[Report on the health of British troops in the Madras command]
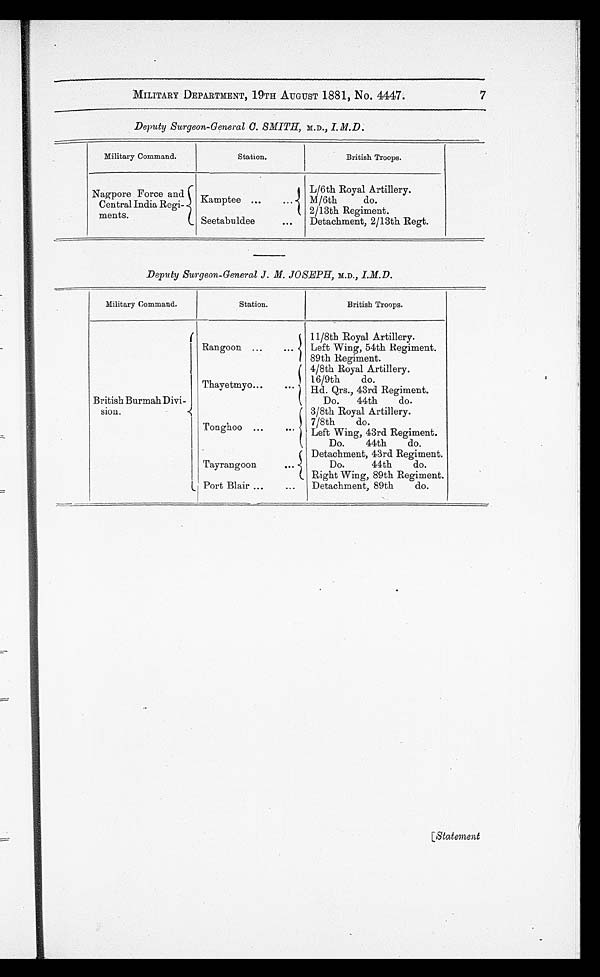
MILITARY DEPARTMENT, 19TH AUGUST 1881, No. 4447.
7
Deputy Surgeon-General C. SMITH, M.D. , I.M.D.
Military Command.
Station.
British Troops.
Nagpore Force and
CentraI India Regi-
ments.
Kamptee ...
L/6th Royal Artillery.
M/6th
do.
2/13th Regiment.
Seetabuldee
...
Detachment, 2/13th Regt.
Deputy Surgeon-General J. M. JOSEPH, M.D ., I.M.D.
Military Command.
Station.
British Troops.
British Burmah Divi-
sion.
Rangoon ...
...
11/8th Royal Artillery.
Left Wing, 54th Regiment.
89th Regiment.
Thayetmyo...
...
4/8th Royal Artillery.
16/9th
do.
Hd. Qrs., 43rd Regiment.
Do.
44th
do.
Tonghoo . . . . . .
3/8th Royal Artillery.
7/8th
do.
Left Wing, 43rd Regiment.
Do.
44th
do.
Tayrangoon ...
Detachment, 43rd Regiment.
Do.
do.
Right Wing, 89th Regiment.
Port Blair ...
...
Detachment, 89th
do.
[Statement